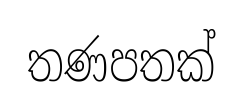
තණපතක්